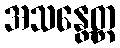
အသန္တေတ္ထ